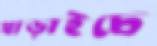
খাড়াইচে